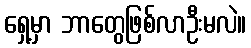
ရှေ့မှာ ဘာတွေဖြစ်လာဦးမလဲ။